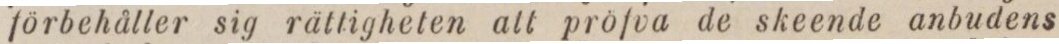
förbehåller sig rättigheten att pröfva de skeende anbudens